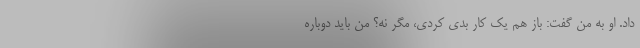
داد. او به من گفت: باز هم یک کار بدی کردی، مگر نه؟ من باید دوباره